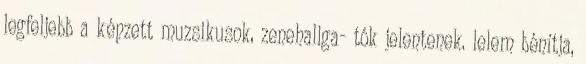
legfeljebb a képzett muzsikusok, zenehallga- tók jelentenek. lelem bénítja,